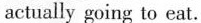
actually going to eat.